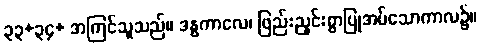
၃၃+၃၄+ အကြင်သူသည်။ ဒန္ဓကာလေ၊ ဖြည်းညှင်းစွာပြုအပ်သောကာလ၌။